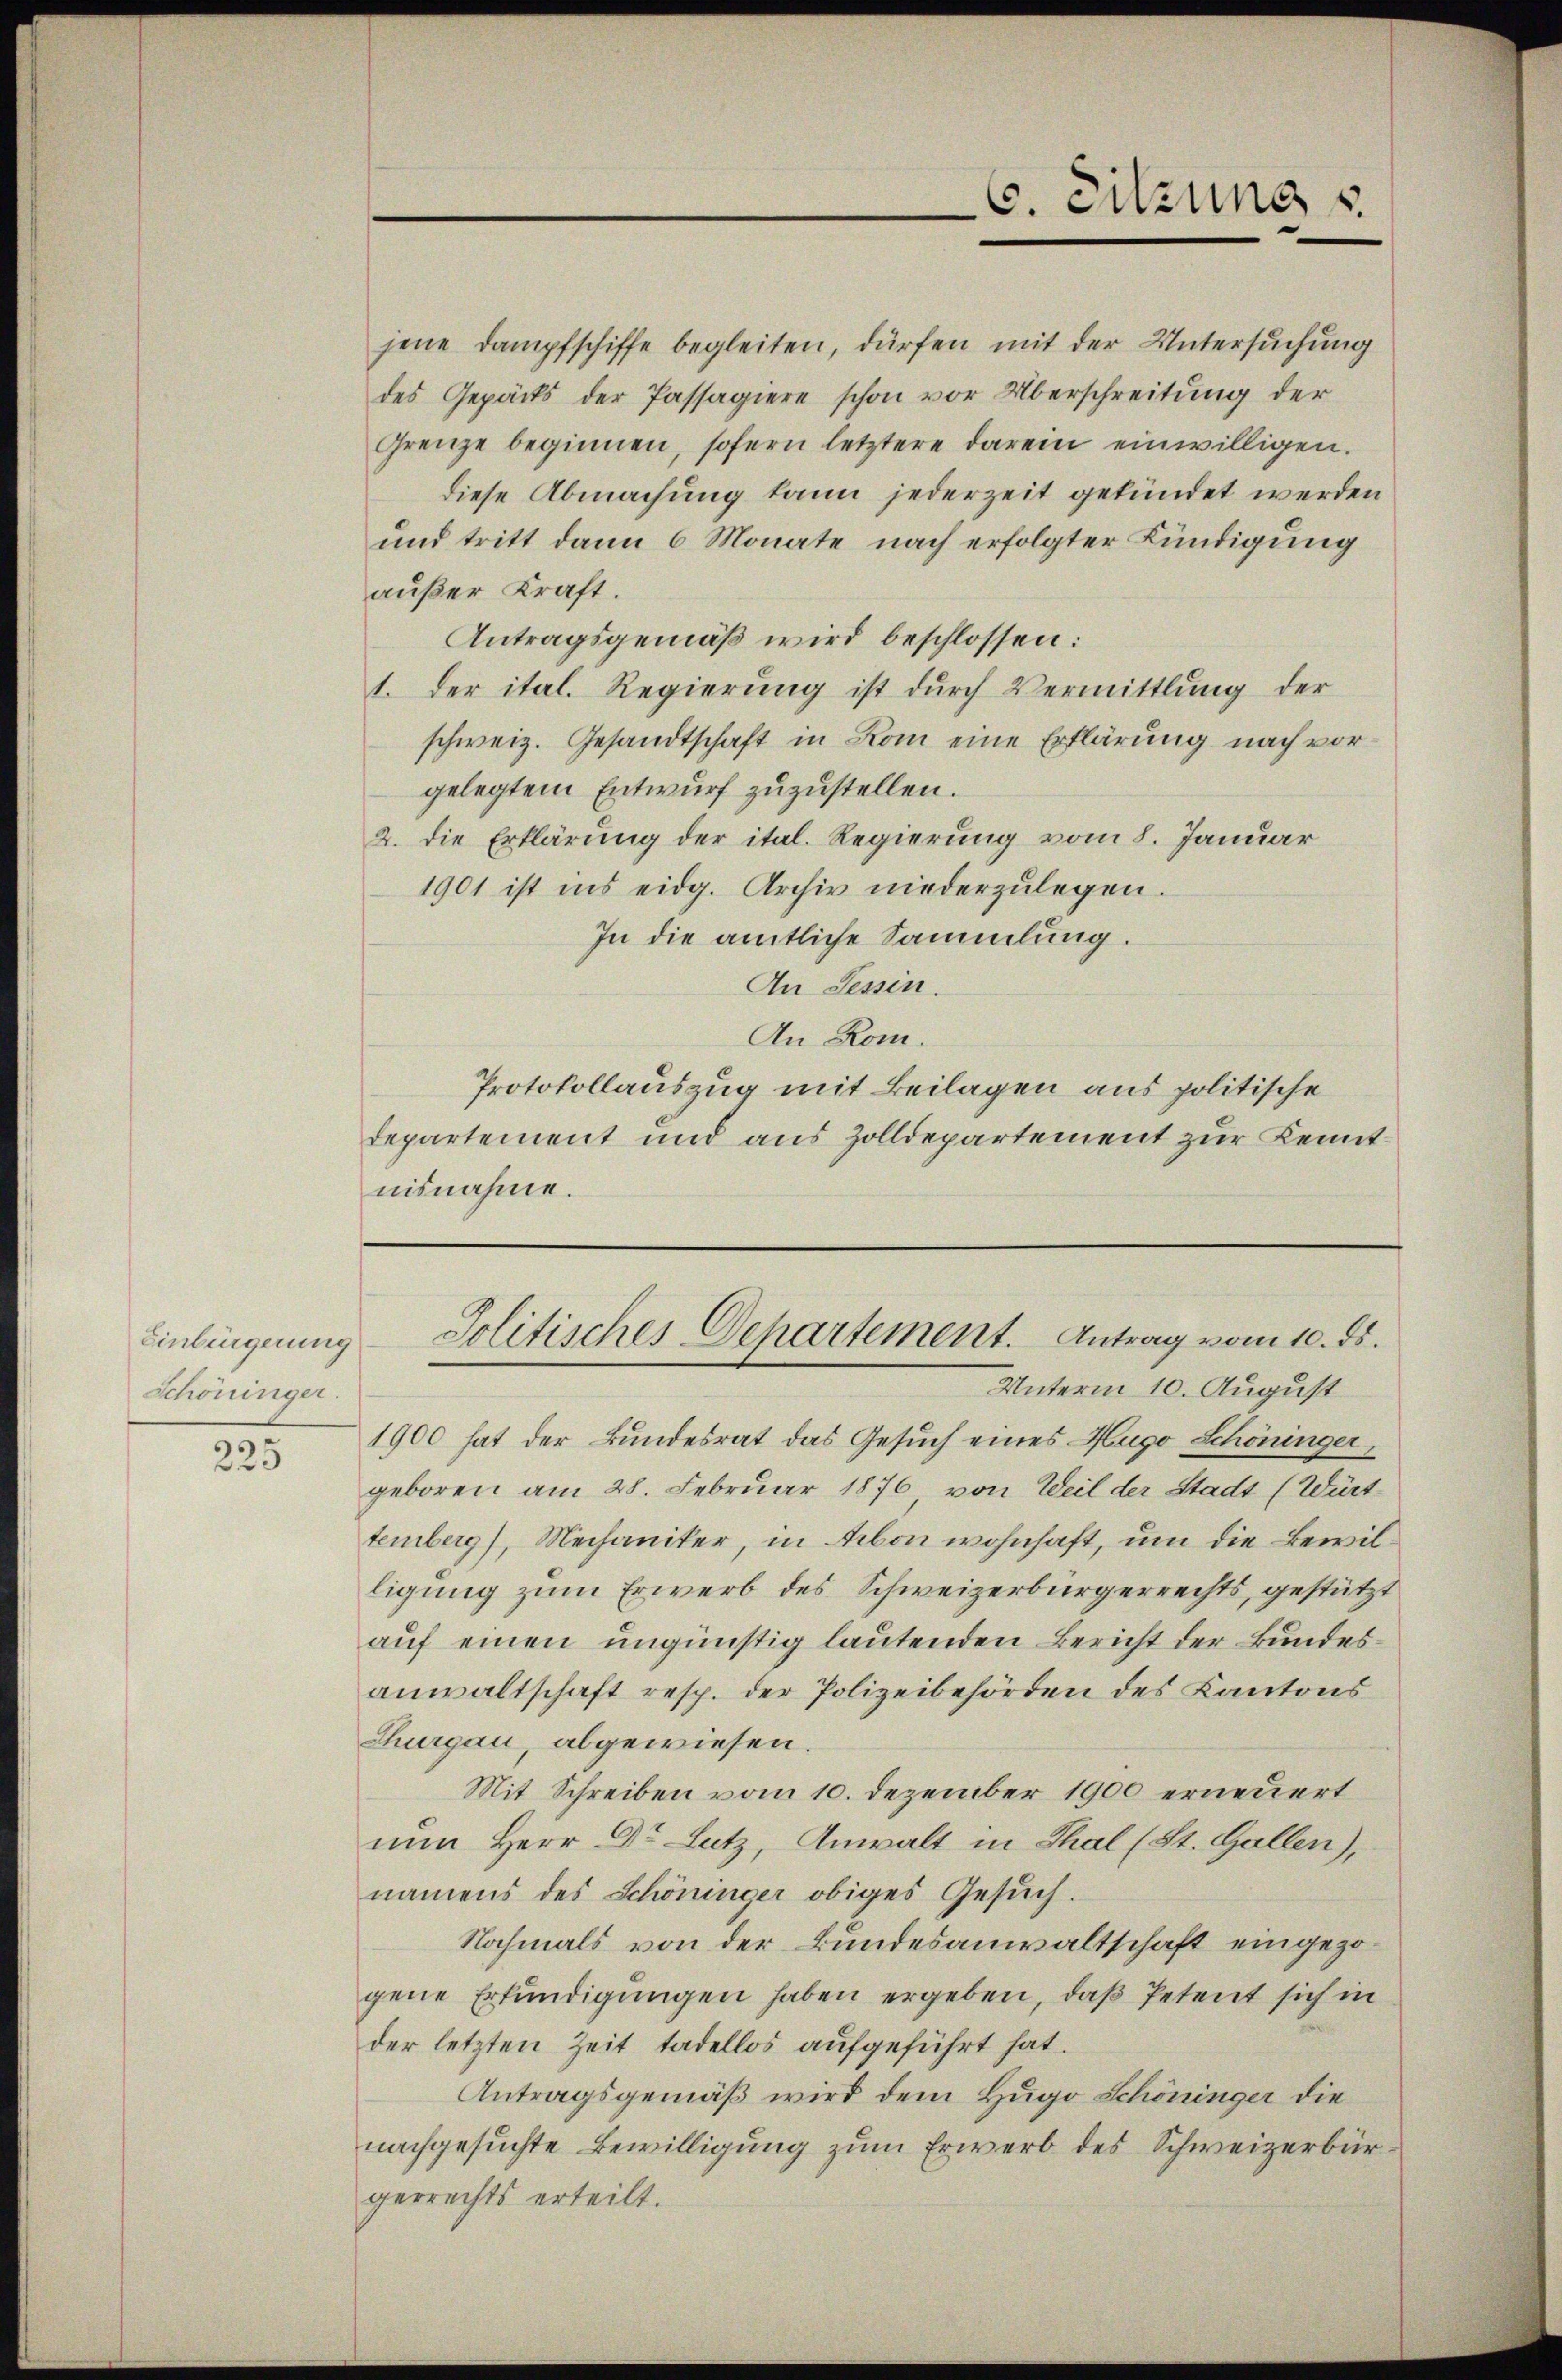
Einbürgerung
Schöninger.

225

jene Dampfschiffe begleiten, dürfen mit der Untersuchung
des Gepäcks der Passagiere schon vor Überschreitung der
Grenze beginnen, sofern letztere darein einwilligen.
diese Abmachung kann jederzeit gekündet werden
und tritt dann 6 Monate nach erfolgter Kündigung
außer Kraft.
Antragsgemäß wird beschlossen:
1. Der ital. Regierung ist durch Vermittlung der
schweiz. Gesandtschaft in Rom eine Erklärung nach vorgelegtem Entwurf zuzustellen.
2. die Erklärung der ital. Regierung vom 8. Januar
1901 ist ins eidg. Archiv niederzulegen.
In die amtliche Sammlung.
An Tessin.
An Rom.
Protokollauszug mit Beilagen aus politische
departement und aus Zolldepartement zur Kenntnisnahme.

Unterm 10. August
1900 hat der Bundesrat das Gesuch eines Hugo Schöninger,
geboren am 28. Februar 1876 von Weil der Stadt (Württemberg), Mechaniker, in Arbon wohnhaft, um die Bewilligung zum Erwerb des Schweizerbürgerrechts, gestützt
auf einen ungünstig lautenden Bericht der Bundesanwaltschaft resp. der Polizeibehörden des Kantons
Thurgau, abgewiesen.
Mit Schreiben vom 10. Dezember 1900 erneuert
nun Herr Dr. Lutz, Anwalt in Thal (St. Gallen),
namens des Schöninger obiges Gesŭch.
Nochmals von der Bundesanwaltschaft eingezogene Erkundigungen haben ergeben, daß Petent sich in
der letzten Zeit tadellos aufgeführt hat.
Antragsgemäß wird dem Hugo Schöninger die
nachgesuchte Bewilligung zum Erwerb des Schweizerbürgerrechts erteilt.

6. Sitzung

Jolitisches Departement. Antrag vom 10. ds.